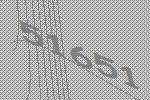
51651